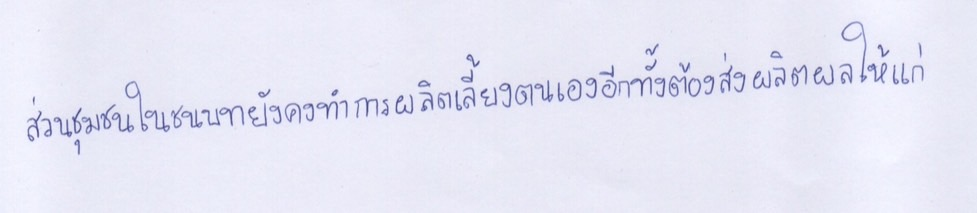
ส่วนชุมชนในชนบทยังคงทำการผลิตเลี้ยงตนเองอีกทั้งต้องส่งผลิตผลให้แก่